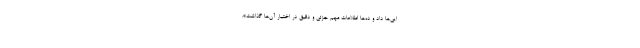
ایی‌ها داد و ده‌ها اطلاعات مهم جزئی و دقیق در اختیار آن‌ها گذاشت».